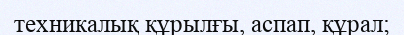
техникалық құрылғы, аспап, құрал;